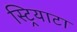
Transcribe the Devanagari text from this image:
स्ट्रियाटा